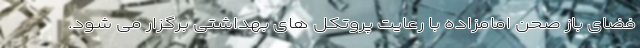
فضای باز صحن امامزاده با رعایت پروتکل های بهداشتی برگزار می شود.